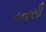
તનાસી